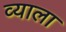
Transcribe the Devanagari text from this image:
व्याला